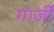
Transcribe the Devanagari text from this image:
गार्ज़ी